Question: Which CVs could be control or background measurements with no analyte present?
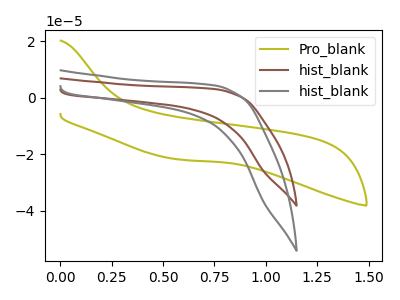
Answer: <think>The olive curve "Pro_blank" has no peaks. The brown curve "hist_blank" has no peaks. The gray curve "hist_blank" has no peaks.</think>
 <answer>"Pro_blank", "hist_blank" and "hist_blank" are likely to be blanks.</answer>
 <eval>"Pro_blank", "hist_blank", "hist_blank"</eval>